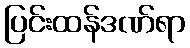
ပြင်းထန်ဒဏ်ရာ